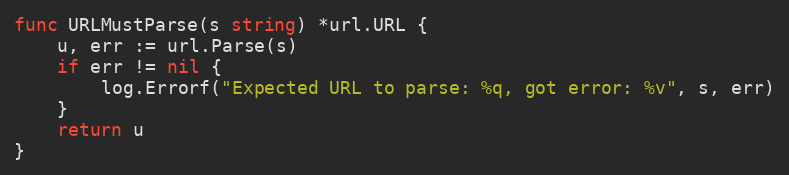
Language: Go
func URLMustParse(s string) *url.URL {
	u, err := url.Parse(s)
	if err != nil {
		log.Errorf("Expected URL to parse: %q, got error: %v", s, err)
	}
	return u
}